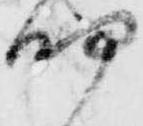
細